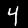
Label: 4